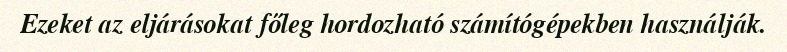
Ezeket az eljárásokat főleg hordozható számítógépekben használják.